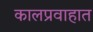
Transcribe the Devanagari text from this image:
कालप्रवाहात